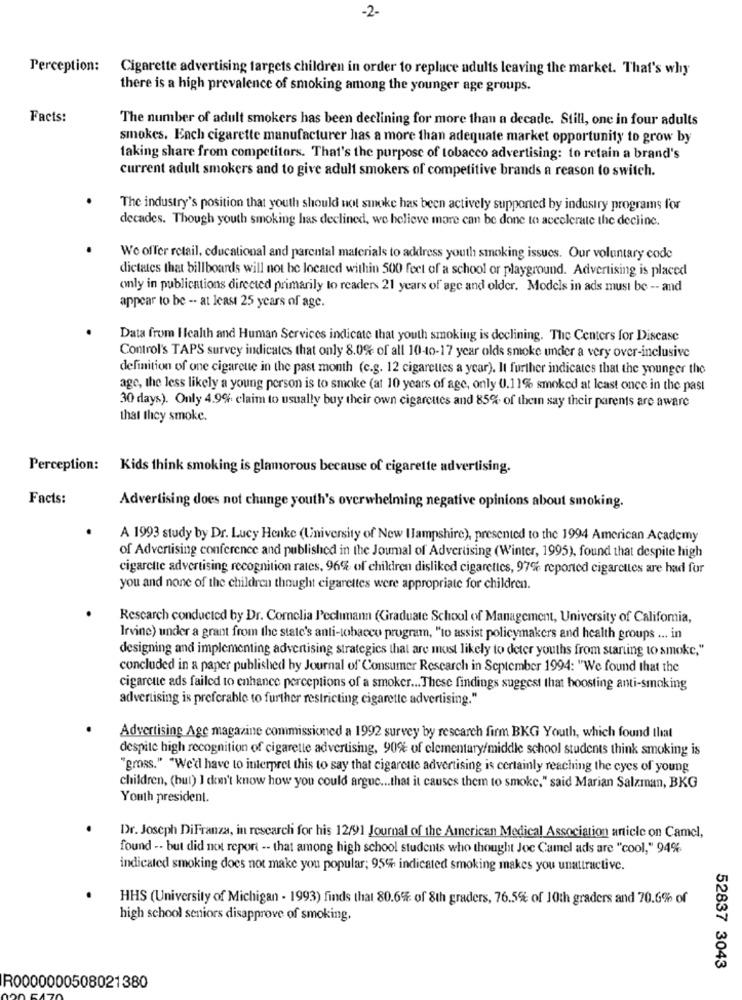
-2-
Perception:
Cigarette advertising targets children in order to replace adults leaving the market. That's why
there is a high prevalence of smoking among the younger age groups.
Facts:
The number of adult smokers has been declining for more than a decade. Still, one in four adults
smokes. Each cigarette manufacturer has a more than adequate market opportunity to grow by
taking share from competitors. That's the purpose of tobacco advertising: to retain a brand's
current adult smokers and to give adult smokers of competitive brands a reason to switch.
The industry's position that youth should not smoke has been actively supported by industry programs for
decades. Though youth smoking has declined, we believe more can be done to accelerate the decline.
We offer retail, educational and parental materials to address youth smoking issues. Our voluntary code
dictates that billboards will not be located within 500 feet of a school or playground. Advertising is placed
only in publications directed primarily to readers 21 years of age and older. Models in ads must be -- and
appear to be -- at least 25 years of age.
Data from Health and Human Services indicate that youth smoking is declining. The Centers for Disease
Control's TAPS survey indicates that only 8.0% of all 10-10-17 year olds smoke under a very over-inclusive
definition of one cigarette in the past month (c.g. 12 cigarettes a year). It further indicates that the younger the
age, the less likely a young person is to smoke (at 10 years of age, only U.11% smoked at least once in the past
30 days). Only 4.9% claim to usually buy their own cigarettes and 85% of thein say their parents are aware
that they smoke.
Perception: Kids think smoking is glamorous because of cigarette advertising.
Facts:
Advertising does not change youth's overwhelming negative opinions about smoking.
A 1993 study by Dr. Lucy Henke (University of New Hampshire), presented to the 1994 American Academy
of Advertising conference and published in the Journal of Advertising (Winter, 1995), found that despite high
cigarette advertising recognition rates, 96% of children disliked cigarettes, 97% reported cigarettes are had for
you and none of the children thought cigarettes were appropriate for children.
Rescarch conducted by Dr. Comelia Pechumann (Graduate School of Management, University of Califomia,
Irvine) under a grant from the state's anti-tobacco program, "to assist policymakers and health groups ... in
designing and implementing advertising strategies that are most likely to deter youths from starting to smoke,"
concluded in a paper published by Journal of Consumer Research in September 1994: "We found that the
cigarcute ads failed to enhance perceptions of a smoker ... These findings suggest that boosting anti-smoking
advertising is preferable to further restricting cigarette advertising."
Advertising Age magazine commissioned a 1992 survey by research firm BKG Youth, which found that
despite high recognition of cigarette advertising, 90% of elementary/middle school students think smoking is
"gross." "We'd have to interpret this to say that cigarette advertising is certainly reaching the eyes of young
children, (but) I don't know how you could arguc ... that it causes them to smoke," said Marian Salzman, BKG
Youth president.
Dr. Joseph DiFranza, in research for his 12/91 Journal of the American Medical Association article on Camel,
found -. but did not report -- that among high school students who thought Joc Camel ads are "cool," 94%
indicated smoking does not make you popular; 95% indicated smoking makes you unattractive.
HHS (University of Michigan - 1993) finds that 80.6% of 8th graders, 76.5% of 10th graders and 70.6% of
high school seniors disapprove of smoking.
52837 3043
R0000000508021380